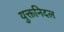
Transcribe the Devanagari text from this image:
युक्तनिदल